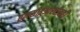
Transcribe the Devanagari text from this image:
एनसीईआरटीतही